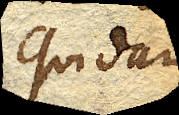
Quidam